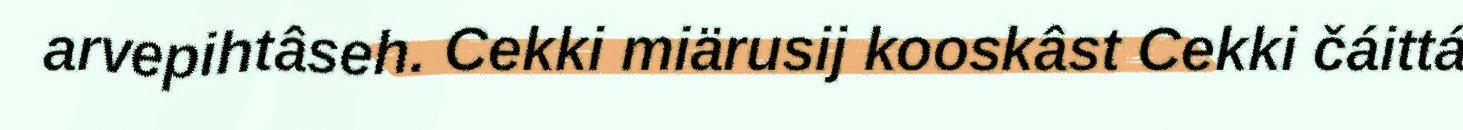
arvepihtâseh. Cekki miärusij kooskâst Cekki čáittá